Civil Veterinary Dept. Bombay admin report 1914-1922 - 1914-1922
Year: 1914
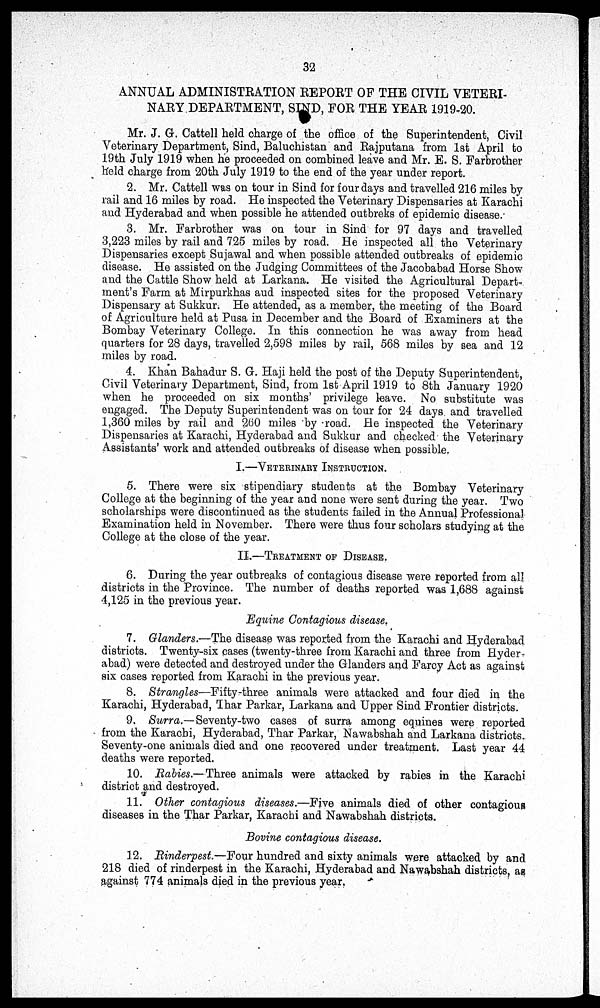
32
ANNUAL ADMINISTRATION REPORT OF THE CIVIL VETERI-
NARY DEPARTMENT, SIND, FOR THE YEAR 1919-20.
Mr. J. G. Cattell held charge of the office of the Superintendent, Civil
Veterinary Department, Sind, Baluchistan and Rajputana from 1st April to
19th July 1919 when he proceeded on combined leave and Mr. E. S. Farbrother
held charge from 20th July 1919 to the end of the year under report.
2. Mr. Cattell was on tour in Sind for four days and travelled 216 miles by
rail and 16 miles by road. He inspected the Veterinary Dispensaries at Karachi
and Hyderabad and when possible he attended outbreks of epidemic disease.
3. Mr. Farbrother was on tour in Sind for 97 days and travelled
3,223 miles by rail and 725 miles by road. He inspected all the Veterinary
Dispensaries except Sujawal and when possible attended outbreaks of epidemic
disease. He assisted on the Judging Committees of the Jacobabad Horse Show
and the Cattle Show held at Larkana. He visited the Agricultural Depart-
ment's Farm at Mirpurkhas and inspected sites for the proposed Veterinary
Dispensary at Sukkur. He attended, as a member, the meeting of the Board
of Agriculture held at Pusa in December and the Board of Examiners at the
Bombay Veterinary College. In this connection he was away from head
quarters for 28 days, travelled 2,598 miles by rail, 568 miles by sea and 12
miles by road.
4. Khan Bahadur S. G. Haji held the post of the Deputy Superintendent,
Civil Veterinary Department, Sind, from 1st April 1919 to 8th January 1920
when he proceeded on six months' privilege leave. No substitute was
engaged. The Deputy Superintendent was on tour for 24 days and travelled
1,360 miles by rail and 260 miles by road. He inspected the Veterinary
Dispensaries at Karachi, Hyderabad and Sukkur and checked the Veterinary
Assistants' work and attended outbreaks of disease when possible.
I.—VETERINARY INSTRUCTION.
5. There were six stipendiary students at the Bombay Veterinary
College at the beginning of the year and none were sent during the year. Two
scholarships were discontinued as the students failed in the Annual Professional
Examination held in November. There were thus four scholars studying at the
College at the close of the year.
II.—TREATMENT OF DISEASE.
6. During the year outbreaks of contagious disease were reported from all
districts in the Province. The number of deaths reported was 1,688 against
4,125 in the previous year.
Equine Contagious disease.
7. Glanders.—The disease was reported from the Karachi and Hyderabad
districts. Twenty-six cases (twenty-three from Karachi and three from Hyder-
abad) were detected and destroyed under the Glanders and Farcy Act as against
six cases reported from Karachi in the previous year.
8. Strangles—Fifty-three animals were attacked and four died in the
Karachi, Hyderabad, Thar Parkar, Larkana and Upper Sind Frontier districts.
9. Surra.— Seventy-two cases of surra among equines were reported
from the Karachi, Hyderabad, Thar Parkar, Nawabshah and Larkana districts.
Seventy-one animals died and one recovered under treatment. Last year 44
deaths were reported.
10. Rabies.— Three animals were attacked by rabies in the Karachi
district and destroyed.
11. Other contagious diseases.—Five animals died of other contagious
diseases in the Thar Parkar, Karachi and Nawabshah districts.
Bovine contagious disease.
12. Rinderpest.—Four hundred and sixty animals were attacked by and
218 died of rinderpest in the Karachi, Hyderabad and Nawabshah districts, as
against 774 animals died in the previous year.